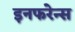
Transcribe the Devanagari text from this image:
इनफरेन्स